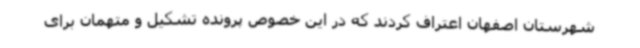
شهرستان اصفهان اعتراف کردند که در این خصوص پرونده تشکیل و متهمان برای